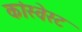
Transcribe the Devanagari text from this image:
कांस्वेस्ट